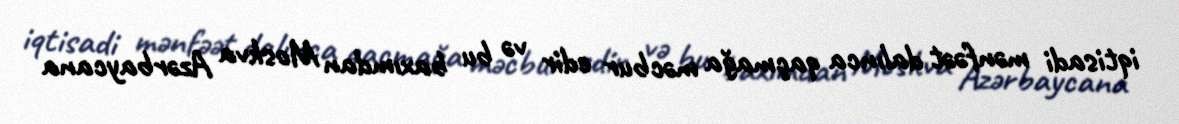
iqtisadi mənfəət dalınca qaçmağa məcbur edir və bu baxımdan Moskva Azərbaycana